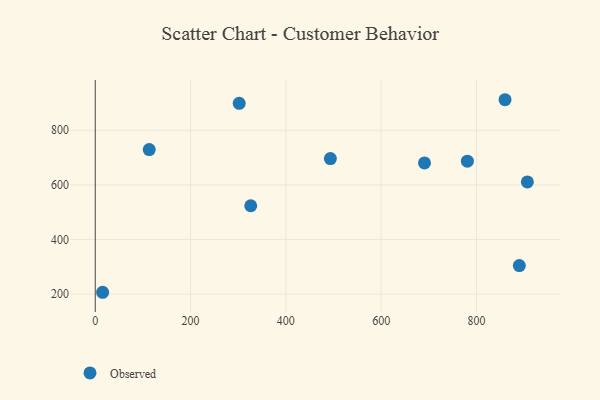
{"axis": {"x": "Study Hours", "y": "Rating"}, "legend": ["Observed"], "data": [{"x": "906.8", "y": 610.9, "type": "Observed"}, {"x": "113.3", "y": 729.3, "type": "Observed"}, {"x": "690.9", "y": 680.6, "type": "Observed"}, {"x": "889.9", "y": 304.4, "type": "Observed"}, {"x": "780.9", "y": 686.9, "type": "Observed"}, {"x": "302.1", "y": 898.8, "type": "Observed"}, {"x": "326.3", "y": 523.6, "type": "Observed"}, {"x": "859.9", "y": 911.9, "type": "Observed"}, {"x": "15.5", "y": 206.8, "type": "Observed"}, {"x": "493.4", "y": 696.5, "type": "Observed"}]}